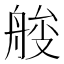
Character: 𦩇